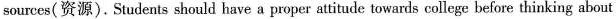
sources(资源). Studentsshould have a proper attitude towards college before thinking about